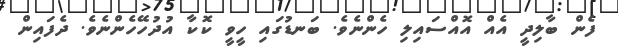
ފެން ބާލިދީ އެއް އޮއްސައިލި ހެންނެވެ. ބަނޑުގައި ހީވީ ކޮކާ އުދުހޭހެންނެވެ. ދެފައިން